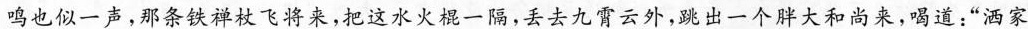
鸣也似一声，那条铁禅杖飞将来，把这水火棍一隔，丢去九霄云外，跳出一个胖大和尚来，喝道：”洒家